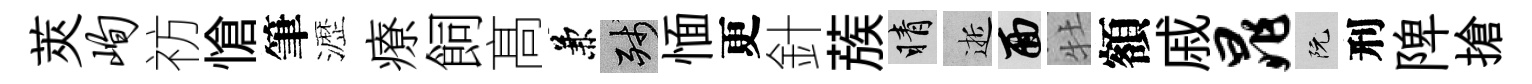
莢峋祊愴筆瀝療飼髙兼殘愐更針蔟睛逝面牡額戚晁阮刑陴搶